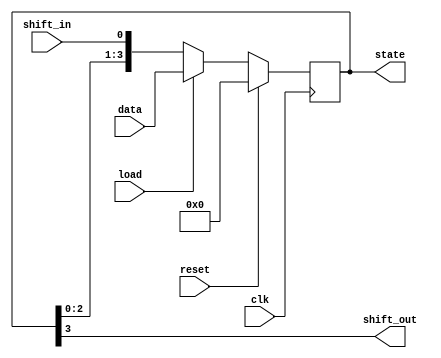
`timescale 1ns / 1ps

module shift_reg(clk, reset, load, data, shift_in, state, shift_out);

parameter n = 4;        //length of register
input clk, reset, load, shift_in;
input [n-1:0] data;            //immediate value to load into register
output reg [n-1:0] state;      //value that is stored in the register
output shift_out;              //most significant bit in the register

always @(posedge clk)
    begin
        if (reset)
        state <= 0;
        else if (load)
        state <= data;
        else
        begin
        state = {state[n-2:0], shift_in};
        end
    end
assign shift_out = state[n-1];
endmodule